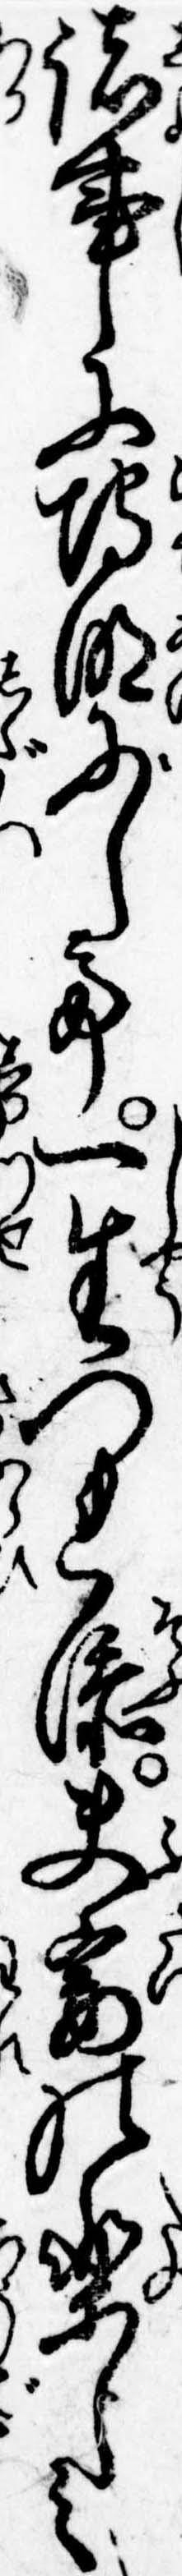
諸事に埒明にして一生つれ添夫妻の楽しみ